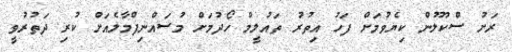
ރަށު ސްކޫލުން ކިޔެވުމަށް ފަހު އިތުރު ތައުލީމް ހޯދުމަށް މުސައްނިފްމާލެއަށް ކުރި ދަތުރުވީ